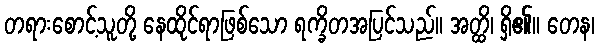
တရားစောင့်သူတို့ နေထိုင်ရာဖြစ်သော ရက္ခိတအပြင်သည်။ အတ္ထိ၊ ရှိ၏။ တေန၊